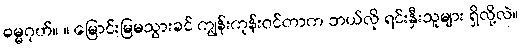
ဓမ္မဂုဟ်။ ။ မြောင်းမြမသွားခင် ကျွန်းကုန်းဝင်တာက ဘယ်လို ရင်းနှီးသူများ ရှိလို့လဲ။